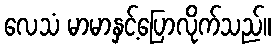
လေသံ မာမာနှင့်ပြောလိုက်သည်။